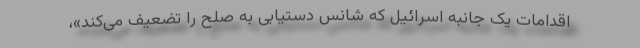
اقدامات یک جانبه اسرائیل که شانس دستیابی به صلح را تضعیف می‌کند»،